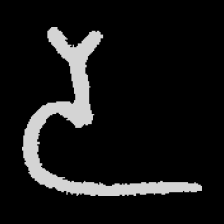
Pyu character \u2014 Myanmar letter: ဒ (romanized: da)